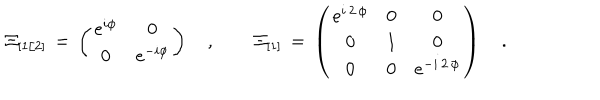
LaTeX: { \mit \Xi } _ { [ 1 / 2 ] } \, = \, \left( \begin{array} { c c } { { e ^ { i \phi } } } & { { 0 } } \\ { { 0 } } & { { e ^ { - i \phi } } } \\ \end{array} \right) \quad , \qquad { \mit \Xi } _ { [ 1 ] } \, = \, \left( \begin{array} { c c c } { { e ^ { i \, 2 \, \phi } } } & { { 0 } } & { { 0 } } \\ { { 0 } } & { { 1 } } & { { 0 } } \\ { { 0 } } & { { 0 } } & { { e ^ { - i \, 2 \, \phi } } } \\ \end{array} \right) \quad .